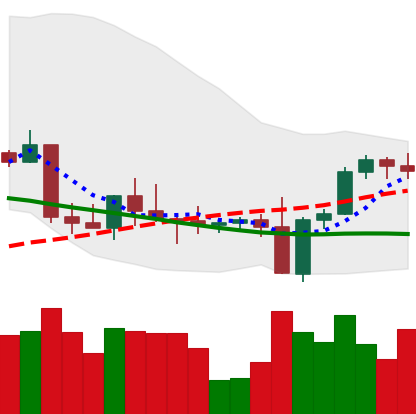
Ticker: BNB-USD
Chart end date: 2022-09-12
Forward return: -4.907%
Label: down_3_5